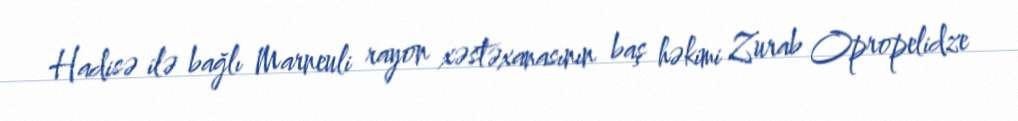
Hadisə ilə bağlı Marneuli rayon xəstəxanasının baş həkimi Zurab Opropelidze